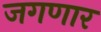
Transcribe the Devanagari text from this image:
जगणार